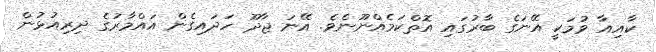
ކާއިއާ ވުމަކީ އޭނަގެ ބާރުގައި އޮތްކަމެއްނޫނެވެ. އޭނަ ޖާދޫ ހަދައިގެން އައްމާރުގެ ދިރިއުޅުން